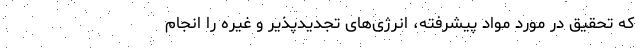
که تحقیق در مورد مواد پیشرفته، انرژی‌های تجدیدپذیر و غیره را انجام